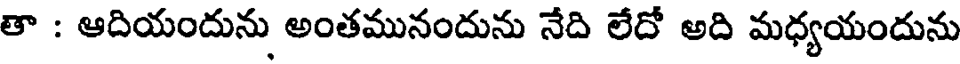
తా : ఆదియందును అంతమునందును నేది లేదో అది మధ్యయందును